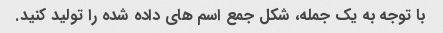
با توجه به یک جمله، شکل جمع اسم های داده شده را تولید کنید.